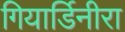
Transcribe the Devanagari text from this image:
गियार्डिनीरा